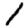
Digit: 1